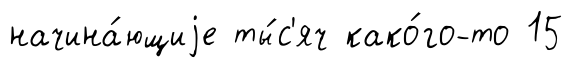
начина́ющиjе ты́с'яч како́го-то 15